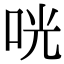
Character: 咣